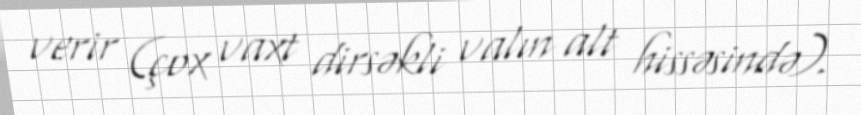
verir (çox vaxt dirsəkli valın alt hissəsində).